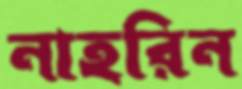
নাহরিন